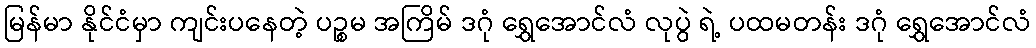
မြန်မာ နိုင်ငံမှာ ကျင်းပနေတဲ့ ပဉ္စမ အကြိမ် ဒဂုံ ရွှေအောင်လံ လုပွဲ ရဲ့ ပထမတန်း ဒဂုံ ရွှေအောင်လံ